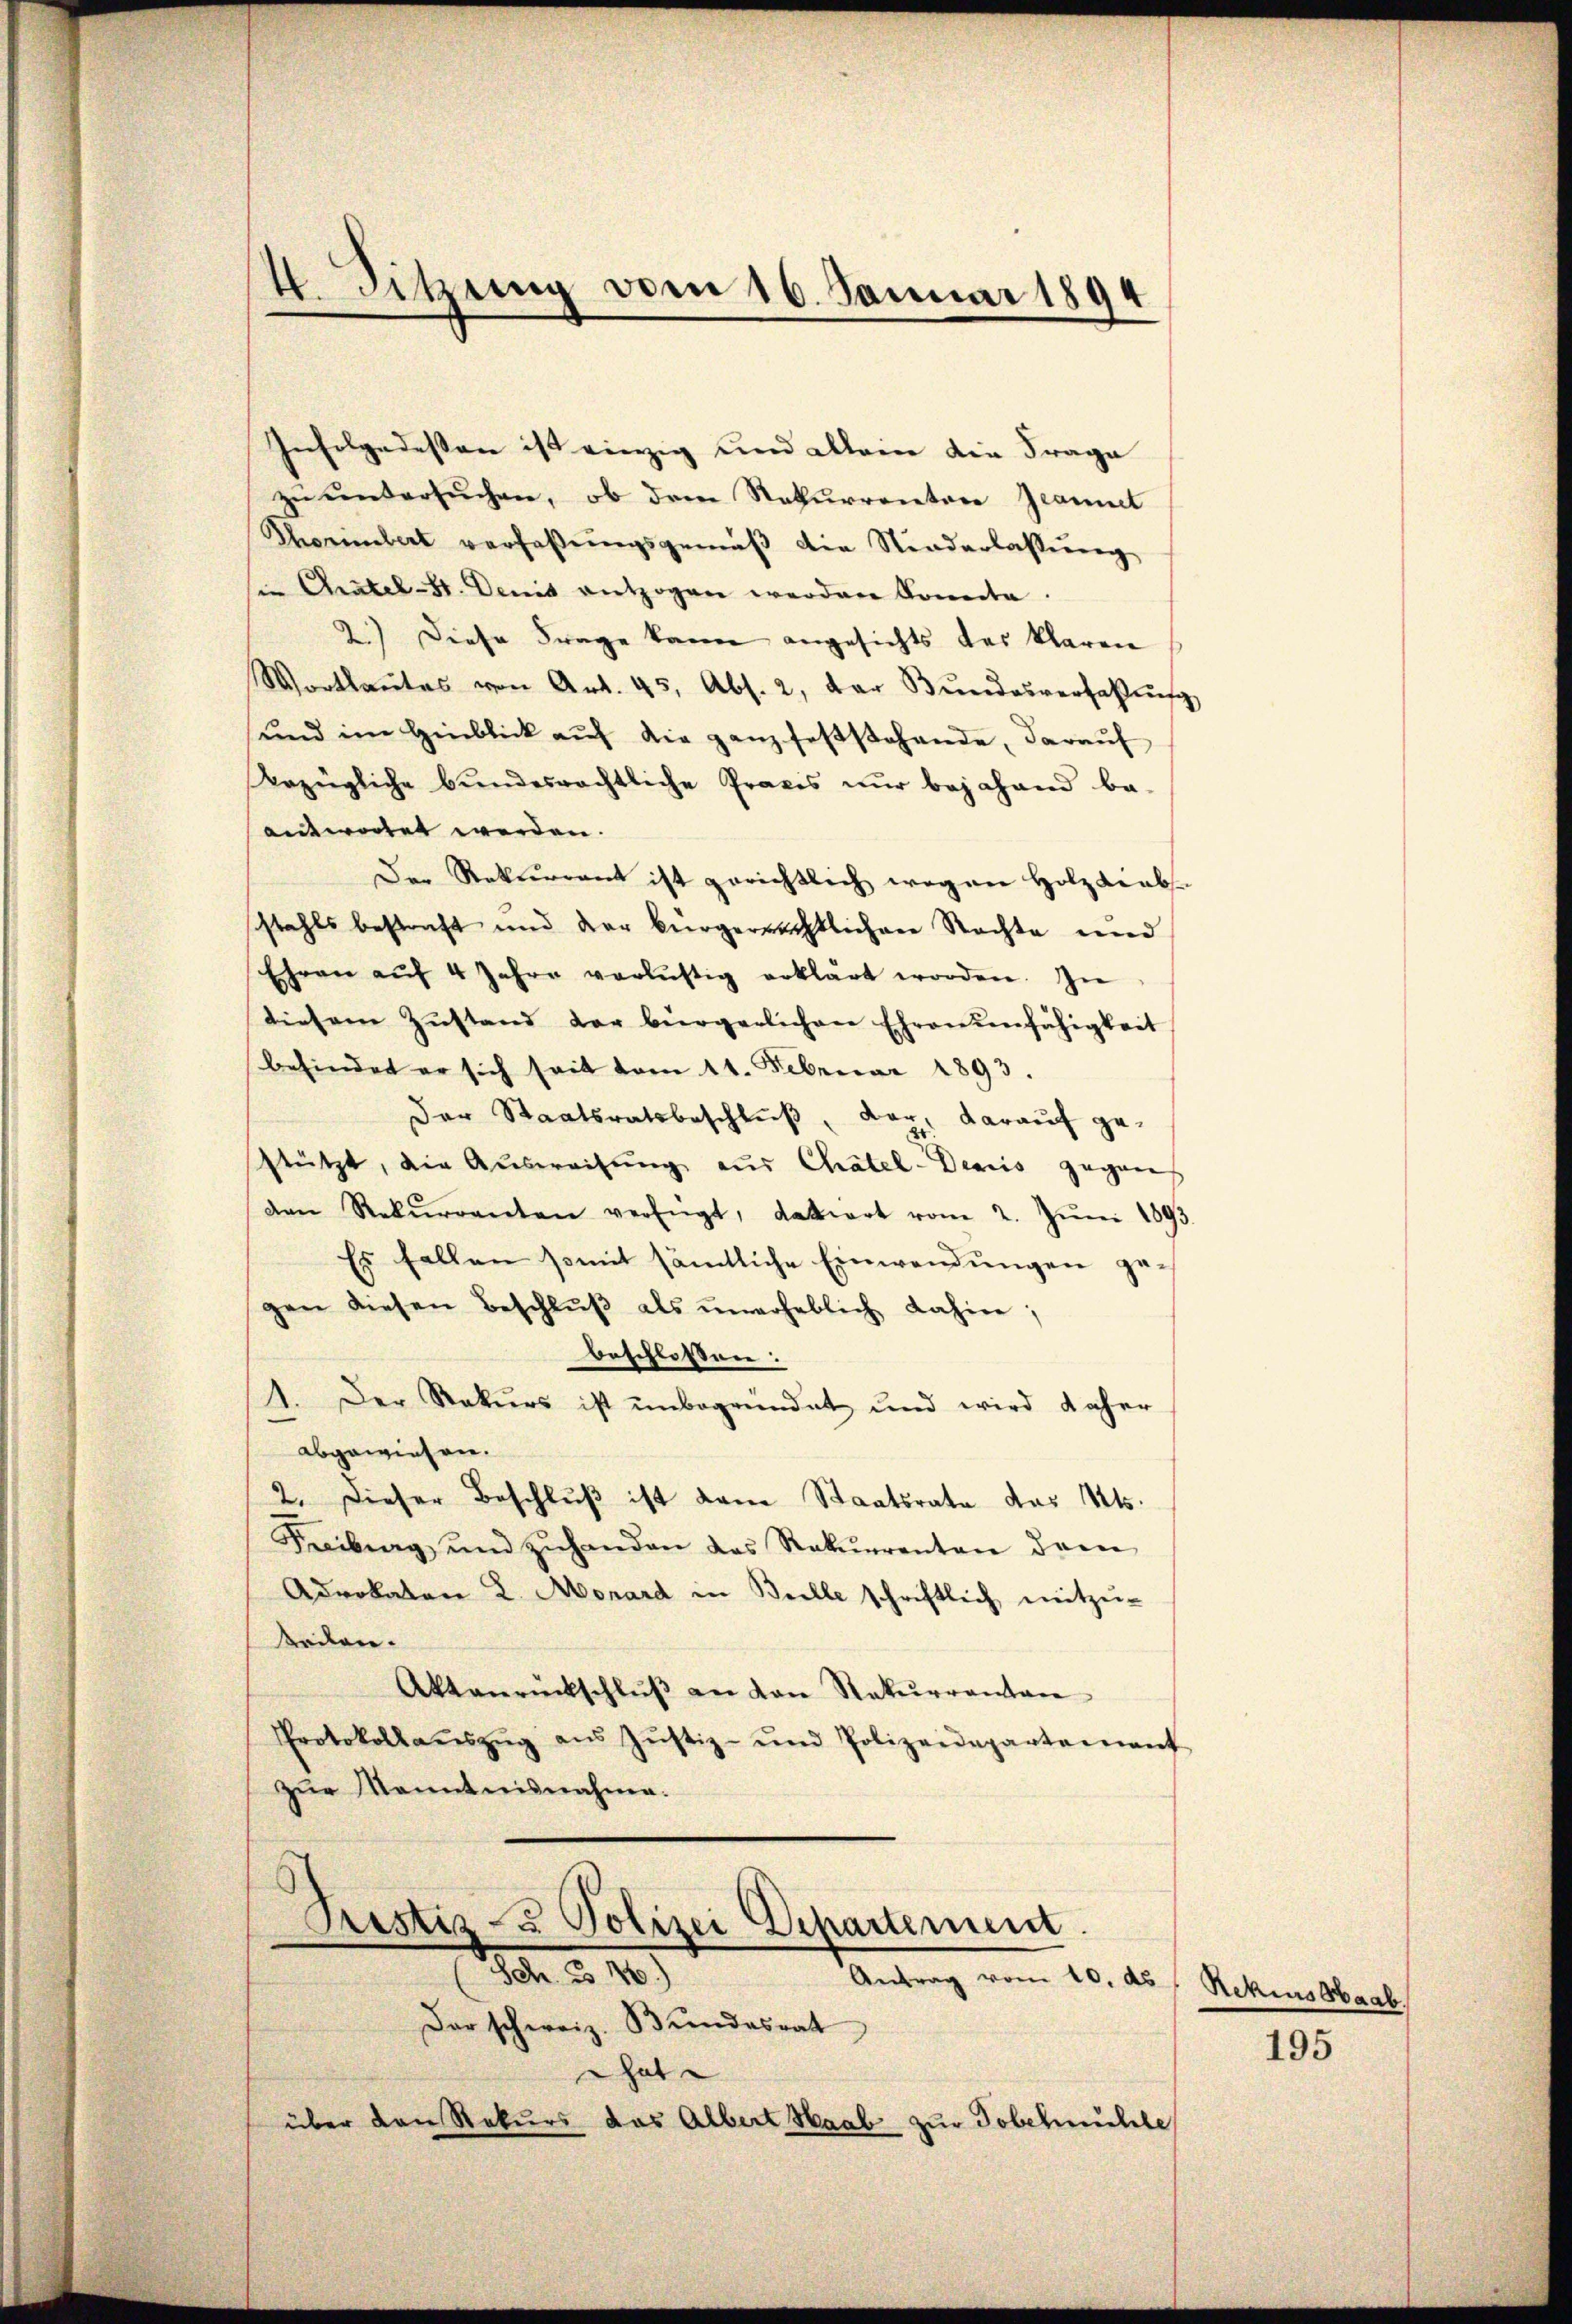
4. Sitzung vom 16. Januar 1894

Infolgedessen ist einzig und allein die Frage
zu untersuchen, ob dem Rekurrenten Jeanit
Thorimbert verfaßungsgemäβ die Niederlassŭng
u Atel-St. Denis entzogen werden konnte.
2.) Diese Frage kann angesichts des klaren
Wortlautes von Art. 45, Abs. 2, der Bŭndesverfaßung
und im Hinblick aŭf die ganz feststehende, daraŭf
erzügliche bundesrechtliche Praxis nur bejahend be-
antwortet werden.
Der Rekurrent ist gerichtlich wegen Holzdiebs-
stahls bestraft und der bürgerrechtlichen Rechte und
Ehren aŭf 4 Jahre verlustig erklärt worden. In
diesem Zŭstand der bürgerlichen Ehren unfähigkeit
befindet er sich seit vom 11. Februar 1893.
Der Staatsratsbeschluß, dar, darauf gestützt, die Ausweisung aus Chätel-Denis gegens
den Rekŭrrenten verfügt, datirt vom 2. Jŭni 1893
Es fallen somit sämtliche Einwendungen gegen diesen Beschlŭβ als ŭnerheblich dahin,
beschloßen:
1. Der Rekurs ist unbegründet und wird daher
abgewiesen.
2. Dieser Beschluß ist dem Staatsrate das Mts.
Freibung und zŭhanden das Rekŭrrenten dem
Advokaten 2. Monard in Belle schriftlich mitzŭ-
teilen.
Aktanrückschlŭβ an den Rekurrenten
Protokollaŭszŭg aŭs Jŭstiz- und Polizeidepartement
zur Kenntnisnahme.
Prestiz- & Polizei Departement.
ah u. 109
Antrag vom 10. ds
Dar schweiz. Bundesrat
hat
über den Rekurs das Albert Haab zur Tobelmühle

Nchius Haab

195